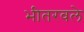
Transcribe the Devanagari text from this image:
भीतरवले